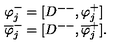
\begin{array} { l c r } { \varphi _ { j } ^ { - } = [ D ^ { -- } , \varphi _ { j } ^ { + } ] } \\ { \overline { { \varphi } } _ { j } ^ { - } = [ D ^ { -- } , \overline { { \varphi } } _ { j } ^ { + } ] . } \\ \end{array}